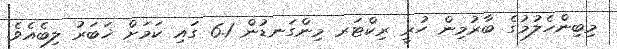
މިބިންހެލުމުގެ ބާރުމިން ހުރީ ރިކްޓަރ މިންގަނޑުން 6.1 ގައި ކަމަށް ޚަބަރު ލިބެއެވެ.